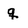
Character: q